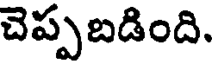
చెప్పబడింది.